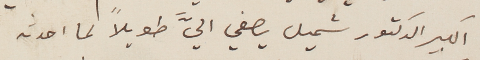
الكبير الدكتور شميل يصغي اليَّ طويلاً لما احدثه